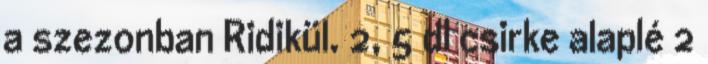
a szezonban Ridikül. 2, 5 dl csirke alaplé 2